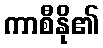
ကာစီနို၏